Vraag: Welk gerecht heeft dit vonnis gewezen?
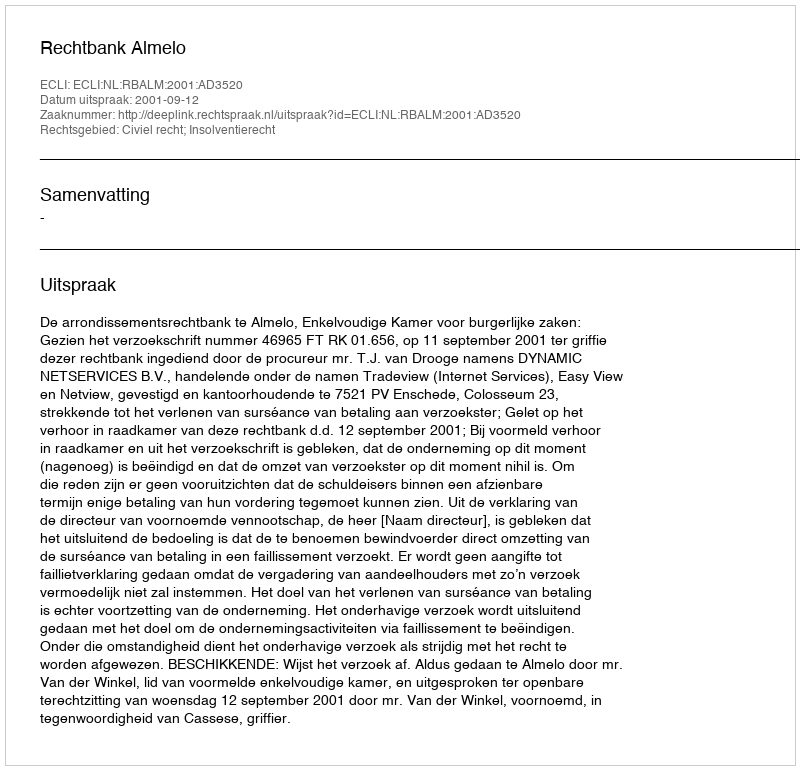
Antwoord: Rechtbank Almelo